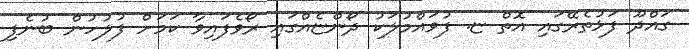
ގައްދޫ ފަޅުތެރޭގައި އޮތް ޏ. ފުވައްމުލަކު ދޯންޏެއްގައި ރޯވެފައިވާ ކަމަށް ފުލުހުން ބުނެފި